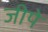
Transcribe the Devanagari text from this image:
जीपे